Document type: Sale
Year: 1499
Scribe: Joan Martínez de Sòria
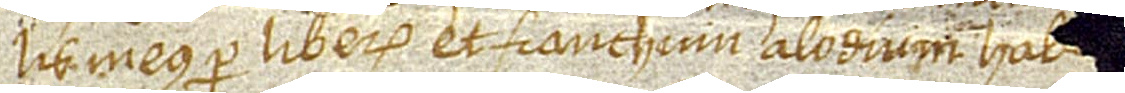
lis meus per liberum et franchum alodium hab[ui et possedit in te]